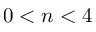
0 < n < 4